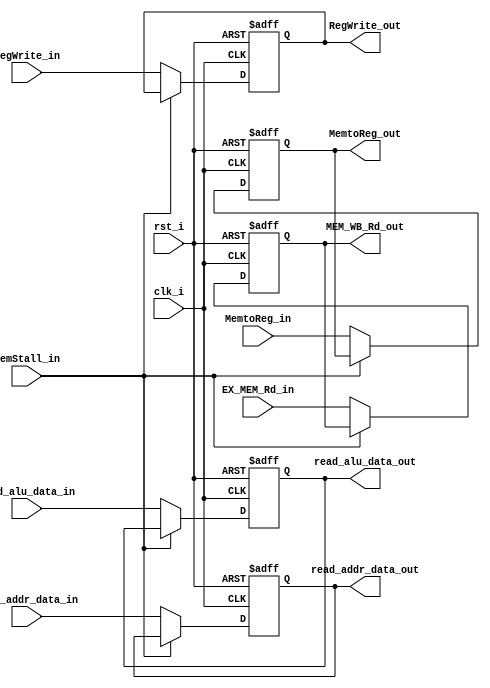
module MEMWB
(
    RegWrite_in, 
    MemtoReg_in, 
    RegWrite_out, 
    MemtoReg_out, 
    read_alu_data_in, 
    read_addr_data_in, 
    read_alu_data_out, 
    read_addr_data_out, 
    EX_MEM_Rd_in, 
    MEM_WB_Rd_out, 
    clk_i, 
    rst_i,
	MemStall_in
);
	// WB control signal
	input RegWrite_in, MemtoReg_in;
	output RegWrite_out, MemtoReg_out;
	// data content
	input [31:0] read_alu_data_in, read_addr_data_in;
	output [31:0] read_alu_data_out, read_addr_data_out;
	input [4:0] EX_MEM_Rd_in;
	output [4:0] MEM_WB_Rd_out;
	// general signal
	// reset: async; set all register content to 0
	input clk_i, rst_i;
	input MemStall_in;
	
	reg RegWrite_out, MemtoReg_out;
	reg [31:0] read_alu_data_out, read_addr_data_out;
	reg [4:0] MEM_WB_Rd_out;
	
	always @(posedge clk_i or posedge rst_i)
	begin
		if (rst_i == 1'b1)
		begin
			RegWrite_out <= 1'b0;
			MemtoReg_out <= 1'b0;
			read_alu_data_out <= 32'b0;
			read_addr_data_out <= 32'b0;
			MEM_WB_Rd_out <= 5'b0;
		end
		else if (MemStall_in == 1'b0) begin
			RegWrite_out <= RegWrite_in;
			MemtoReg_out <= MemtoReg_in;
			read_alu_data_out <= read_alu_data_in;
		    read_addr_data_out <= read_addr_data_in;
			MEM_WB_Rd_out <= EX_MEM_Rd_in;
		end
		
	end
	
endmodule